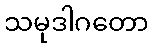
သမုဒါဂတော